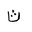
Letter: _tha